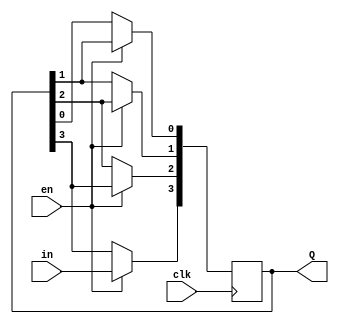
module shiftreg(clk,in,en,Q);
input clk,in,en;
output [0:3]Q;
reg [0:3]Q;

initial 
Q=4'b0101;
always@(posedge clk)
begin 
if(en)
begin
Q[0]<=in;
Q[1]<=Q[0];
Q[2]<=Q[1];
Q[3]<=Q[2];


end
end
endmodule

module shiftregtest;
reg EN,in , CLK;
wire [3:0] Q;
//reg [n-1:0] Q;
shiftreg shreg(CLK,in,EN,Q);
initial
begin
CLK=0;
end
always
#2 CLK=~CLK;
initial
$monitor($time,"EN=%b in= %b Q=%b\n",EN,in,Q);
initial
begin
in=0;EN=0;
#4 in=1;EN=1;
#4 in=1;EN=0;
#4 in=0;EN=1;
#5 $finish;
end
endmodule